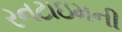
રનટાઇમની